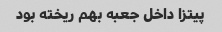
پیتزا داخل جعبه بهم ریخته بود